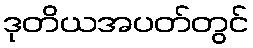
ဒုတိယအပတ်တွင်